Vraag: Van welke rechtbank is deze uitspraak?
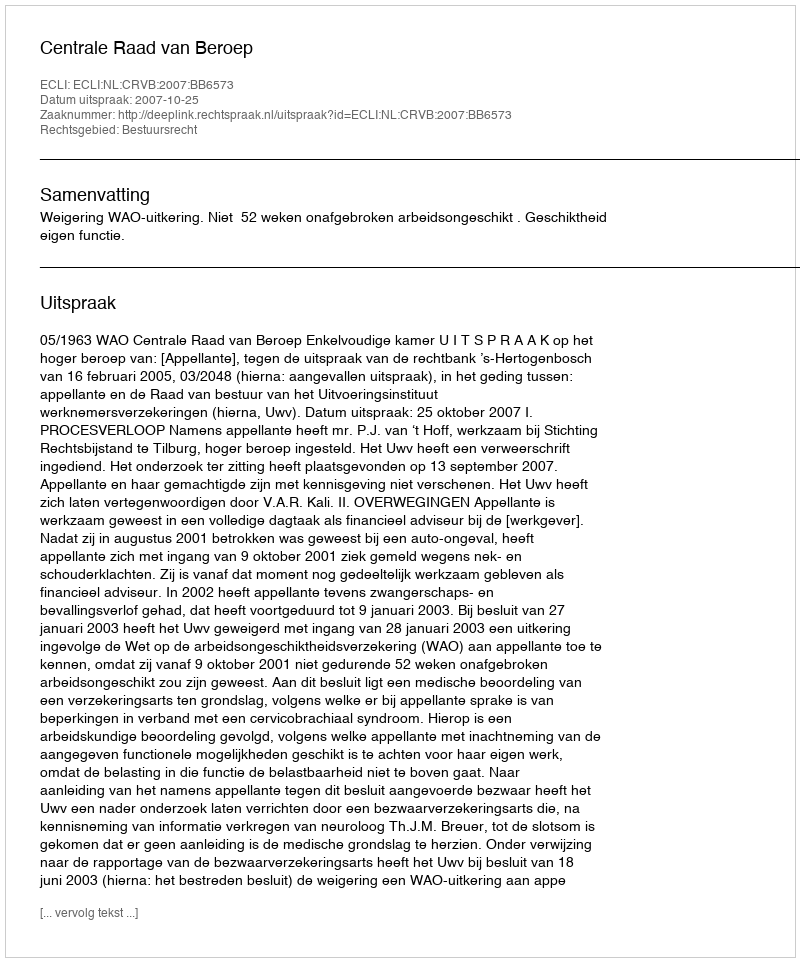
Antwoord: Centrale Raad van Beroep